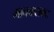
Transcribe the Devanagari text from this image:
मानवासकट